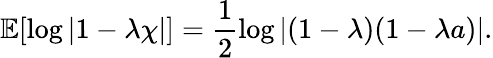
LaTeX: \mathbb{E}[\log|1-\lambda\chi|]=\frac{1}{2}\log\left|({1-\lambda})({1-\lambda a})\right|.